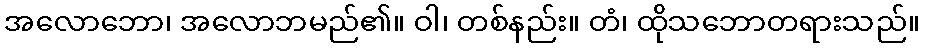
အလောဘော၊ အလောဘမည်၏။ ဝါ၊ တစ်နည်း။ တံ၊ ထိုသဘောတရားသည်။